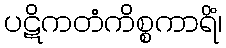
ပဋိကတံကိစ္စကာရိံ၊